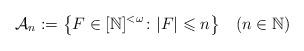
LaTeX: \begin{align*} \mathcal{A}_n := \big\{F\in[\mathbb{N}]^{<\omega} \colon |F|\leqslant n\big\} \quad(n\in \mathbb N)\end{align*}